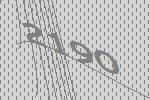
2190